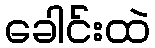
ခေါင်းထဲ